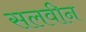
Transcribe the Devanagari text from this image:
सलवीन